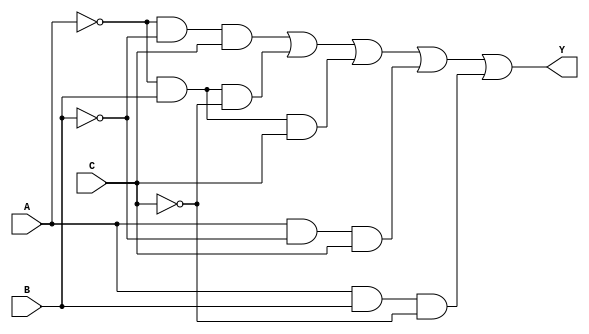
module sop_circuit (
    input wire A,  // Input A
    input wire B,  // Input B
    input wire C,  // Input C
    output wire Y  // Output Y
);

// Implementing the simplified SOP expression
assign Y = (~A & ~B & C) | (~A & B & ~C) | (~A & B & C) | (A & ~B & C) | (A & B & ~C);

endmodule